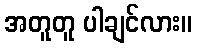
အတူတူ ပါချင်လား။